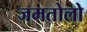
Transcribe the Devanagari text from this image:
जमतोलो